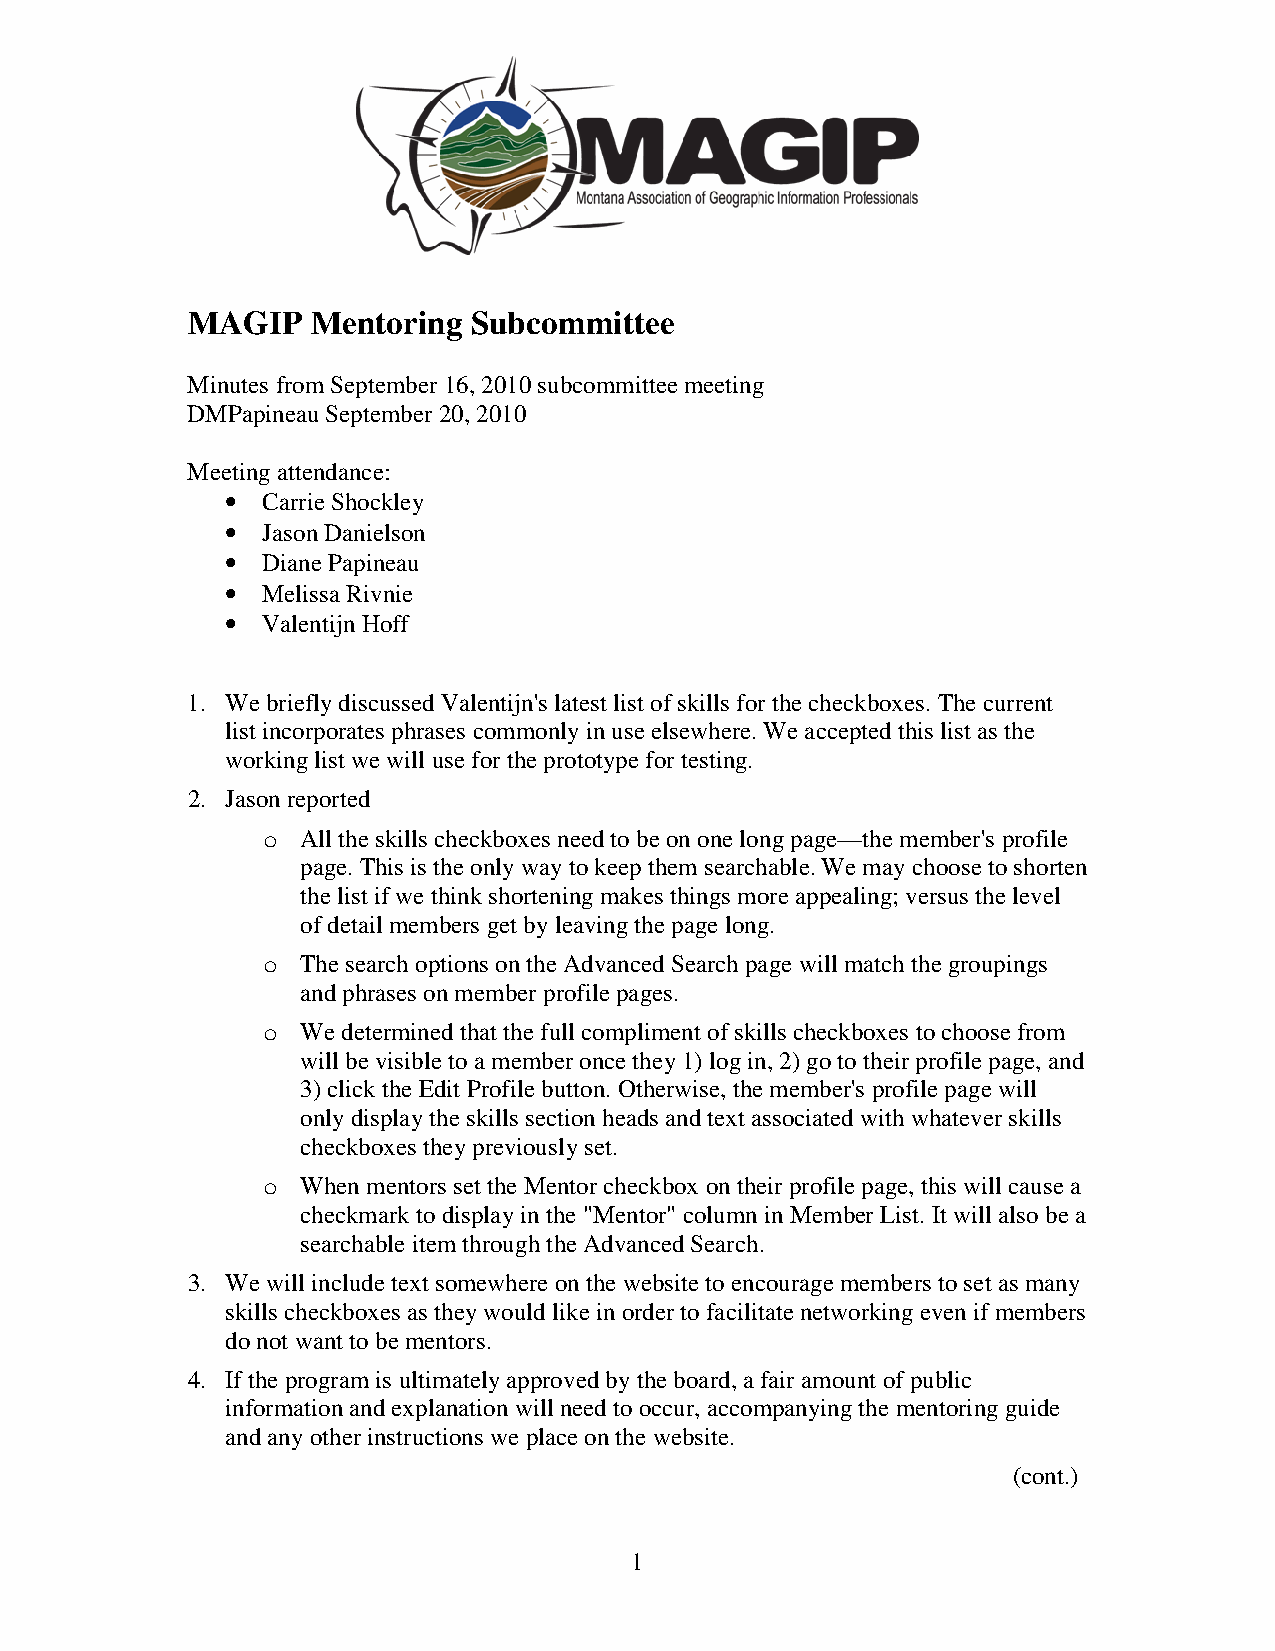
MAGIP    Mentoring Subcommittee
 Minutes from September 16, 2010 subcommittee meeting
 DMPapineau September 20, 2010
 Meeting attendance:
 • Carrie Shockley
 • Jason Danielson
 • Diane Papineau
 • Melissa Rivnie
 • Valentijn Hoff
 1. We briefly discussed Valentijn's latest list of skills for the checkboxes. The current
 list incorporates phrases commonly in use elsewhere. We accepted this list as the
 working list we will use for the prototype for testing.
 2. Jason reported
 o  All the skills checkboxes need to be on one long page—the member's profile
 page. This is the only way to keep them searchable. We may choose to shorten
 the list if we think shortening makes things more appealing; versus the level
 of detail members get by leaving the page long.
 o  The search options on the Advanced Search page will match the groupings
 and phrases on member profile pages.
 o  We determined that the full compliment of skills checkboxes to choose from
 will be visible to a member once they 1) log in, 2) go to their profile page, and
 3) click the Edit Profile button. Otherwise, the member's profile page will
 only display the skills section heads and text associated with whatever skills
 checkboxes they previously set.
 o  When mentors set the Mentor checkbox on their profile page, this will cause a
 checkmark to display in the "Mentor" column in Member List. It will also be a
 searchable item through the Advanced Search.
 3. We will include text somewhere on the website to encourage members to set as many
 skills checkboxes as they would like in order to facilitate networking even if members
 do not want to be mentors.
 4. If the program is ultimately approved by the board, a fair amount of public
 information and explanation will need to occur, accompanying the mentoring guide
 and any other instructions we place on the website.
 (cont.)
 1